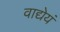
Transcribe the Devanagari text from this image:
वाद्येयं